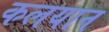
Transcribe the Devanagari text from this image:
कलयान